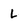
Character: l